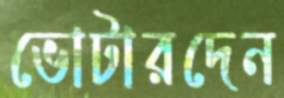
ভোটারদেন